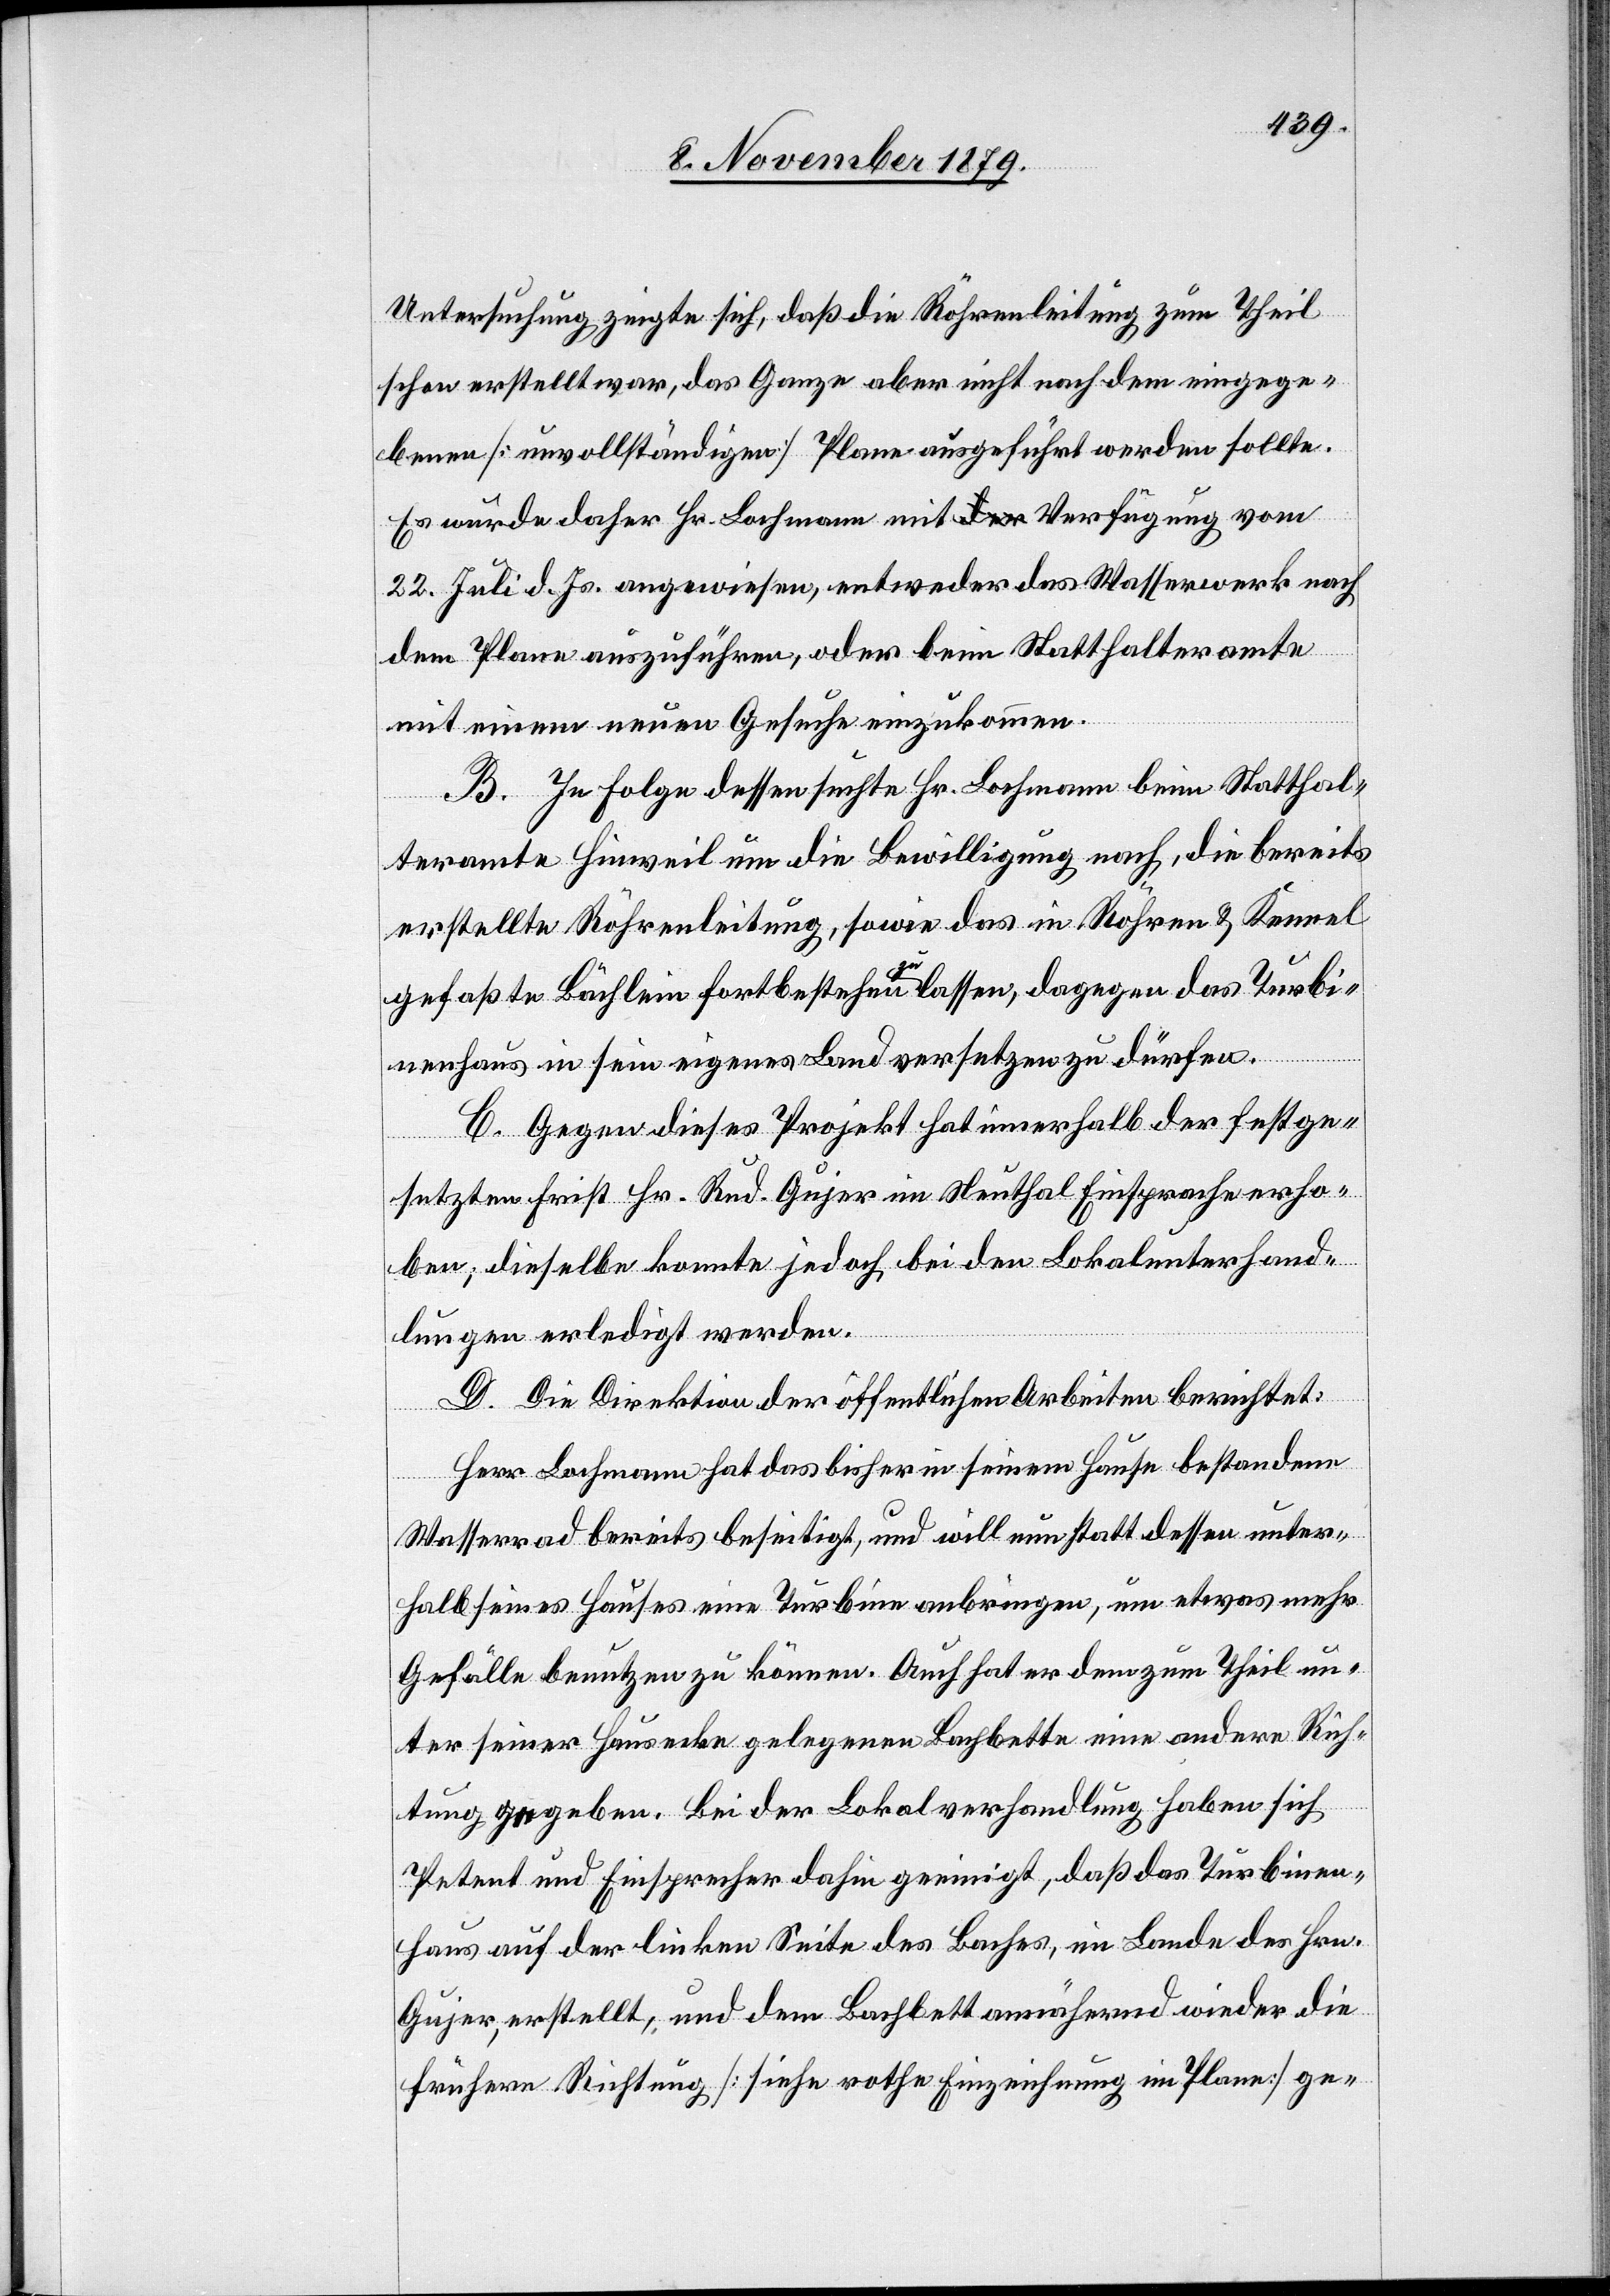
Untersuchung zeigte sich, daß die Röhrenleitung zum Theil
schon erstellt war, das Ganze aber nicht nach dem eingege¬
benen [unvollständigen] Plane ausgeführt werden sollte.
Es wurde daher Hr. Lachmann mit Verfügung vom
22. Juli d. Js. angewiesen, entweder das Wasserwerk nach
dem Plan auszuführen, oder beim Statthalteramte
mit einem neuen Gesuche einzukommen.
B. In Folge dessen suchte Hr. Lachmann beim Statthal¬
teramte Hinweil um die Bewilligung nach, die bereits
erstellte Röhrenleitung, sowie das in Röhren & Kennel
gefaßte Bächlein fortbestehen zu lassen, dagegen das Turbi¬
nenhaus in sein eigenes Land versetzen zu dürfen.
C. Gegen dieses Projekt hat innerhalb der festge¬
setzten Frist Hr. Rud. Gujer im Neuthal Einsprache erho¬
ben; dieselbe konnte jedoch bei den Lokalunterhand¬
lungen erledigt werden.
D. Die Direktion der öffentlichen Arbeiten berichtet:
Herr Lachmann hat das bisher in seinem Hause bestandene
Wasserrad bereits beseitigt, und will nun stattdessen unter¬
halb seines Hauses eine Turbine anbringen, um etwas mehr
Gefälle benutzen zu können. Auch hat er dem zum Theil un¬
ter seiner Hausecke gelegenen Bachbette eine andere Rich¬
tung gegeben. Bei der Lokalverhandlung haben sich
Petent und Einsprecher dahin geeinigt, daß das Turbinen¬
haus auf der linken Seite des Baches, im Lande des Hrn.
Gujer, erstellt, und dem Bachbett annähernd wieder die
frühere Richtung [siehe rothe Einzeichnung im Plane] ge-